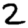
Digit: 2